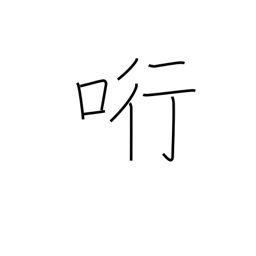
Meaning: entice